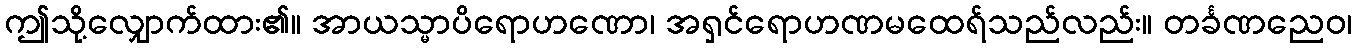
ဤသို့လျှောက်ထား၏။ အာယသ္မာပိရောဟဏော၊ အရှင်ရောဟဏမထေရ်သည်လည်း။ တင်္ခဏညေဝ၊